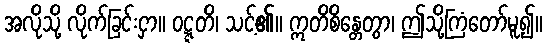
အလိုသို့ လိုက်ခြင်းငှာ။ ဝဋ္ဋတိ၊ သင့်၏။ ဣတိစိန္တေတွာ၊ ဤသို့ကြံတော်မူ၍။